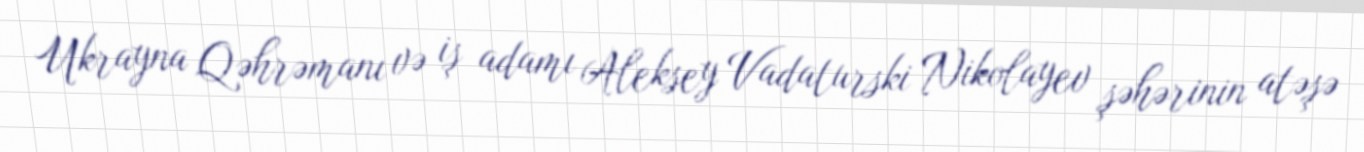
Ukrayna Qəhrəmanı və iş adamı Aleksey Vadaturski Nikolayev şəhərinin atəşə